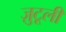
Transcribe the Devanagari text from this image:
ज़ुटूली